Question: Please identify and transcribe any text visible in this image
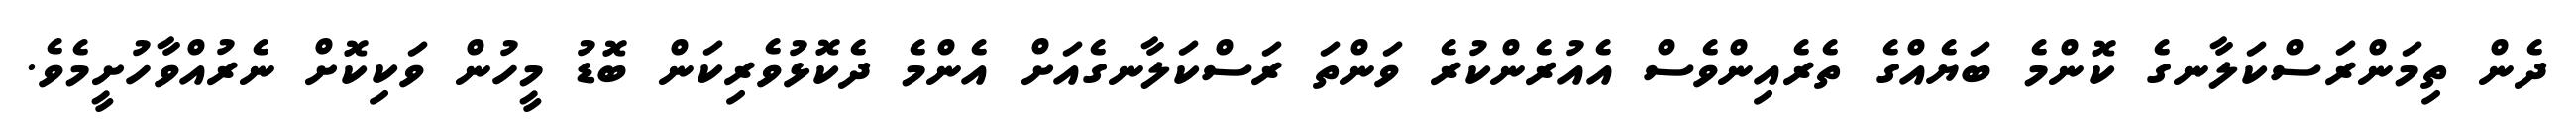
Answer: ދެން ތިމަންރަސްކަލާނގެ ކޮންމެ ބަޔެއްގެ ތެރެއިންވެސް އެއުރެންކުރެ ވަންތަ ރަސްކަލާނގެއަށް އެންމެ ދެކޮޅުވެރިކަން ބޮޑު މީހުން ވަކިކޮށް ނެރުއްވާހުށީމެވެ.